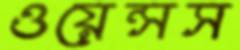
ওয়েন্সস